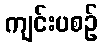
ကျင်းပစဉ်